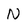
Character: N